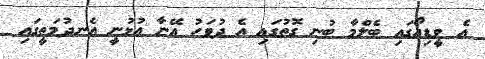
އެ ވީޑިއޯގައި ބެލްމާ ބުނި ގޮތުގައި އެ ދުވަހު އޭނާ އުޅުނީ އެނދުމަތީގައި